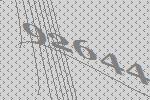
92644